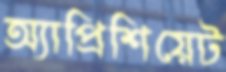
অ্যাপ্রিশিয়েট